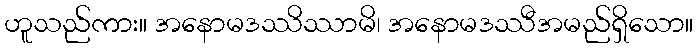
ဟူသည်ကား။ အနောမဒဿိဿာမိ၊ အနောမဒဿီအမည်ရှိသော။